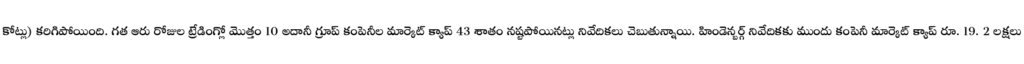
కోట్లు) కరిగిపోయింది. గత ఆరు రోజుల ట్రేడింగ్లో మొత్తం 10 అదానీ గ్రూప్ కంపెనీల మార్కెట్ క్యాప్ 43 శాతం నష్టపోయినట్లు నివేదికలు చెబుతున్నాయి. హిండెన్బర్గ్ నివేదికకు ముందు కంపెనీ మార్కెట్ క్యాప్ రూ. 19. 2 లక్షలు